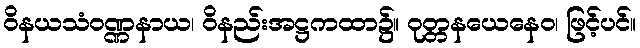
ဝိနယသံဝဏ္ဏနာယ၊ ဝိနည်းအဋ္ဌကထာ၌။ ဝုတ္တနယေနေဝ၊ ဖြင့်ပင်။